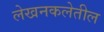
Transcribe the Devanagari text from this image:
लेखनकलेतील